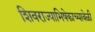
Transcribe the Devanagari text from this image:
शिवराज्याभिषेकाच्यावेळी